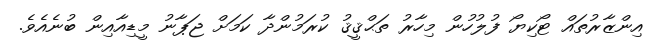
އިންޒާރުތައް ޓޯކިޔޯ ފުލުހުން މިހާރު ތަޙްޤީޤު ކުރަމުންދާ ކަމަށް ޖަޕާނު މީޑިއާއިން ބުނެއެވެ.